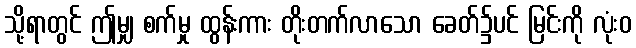
သို့ရာတွင် ဤမျှ စက်မှု ထွန်းကား တိုးတက်လာသော ခေတ်၌ပင် မြင်းကို လုံးဝ